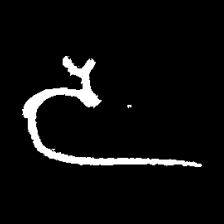
Pyu character \u2014 Myanmar letter: ဒ (romanized: da)